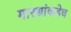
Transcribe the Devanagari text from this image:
गारद्यांकडेच